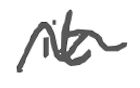
Text: it
Cross-out: wave
Writing tool: digital_gray